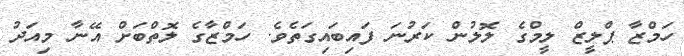
ހަމްޒާ ޕްލީޒް ލީމްގެ ލޮލުން ކަރުނަ ފައިބައިގަތެވެ. ހަމްޒާގެ ލޮތްބަށް އޭނާ މިއަދު